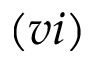
( v i )